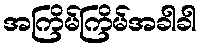
အကြိမ်ကြိမ်အခါခါ